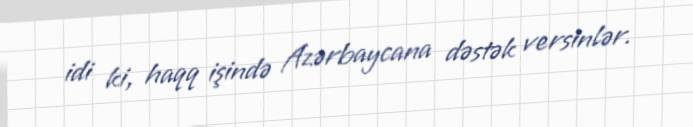
idi ki, haqq işində Azərbaycana dəstək versinlər.